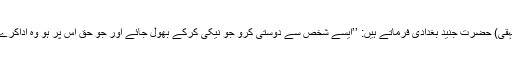
(بیہقی) حضرت جنید بغدادیؒ فرماتے ہیں: ’’ایسے شخص سے دوستی کرو جو نیکی کرکے بھول جائے اور جو حق اس پر ہو وہ اداکرے‘‘۔